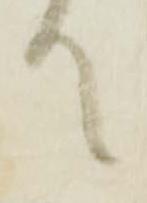
て